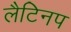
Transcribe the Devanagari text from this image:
लैटिनप